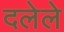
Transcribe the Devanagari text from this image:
दलेले